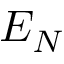
E _ { N }